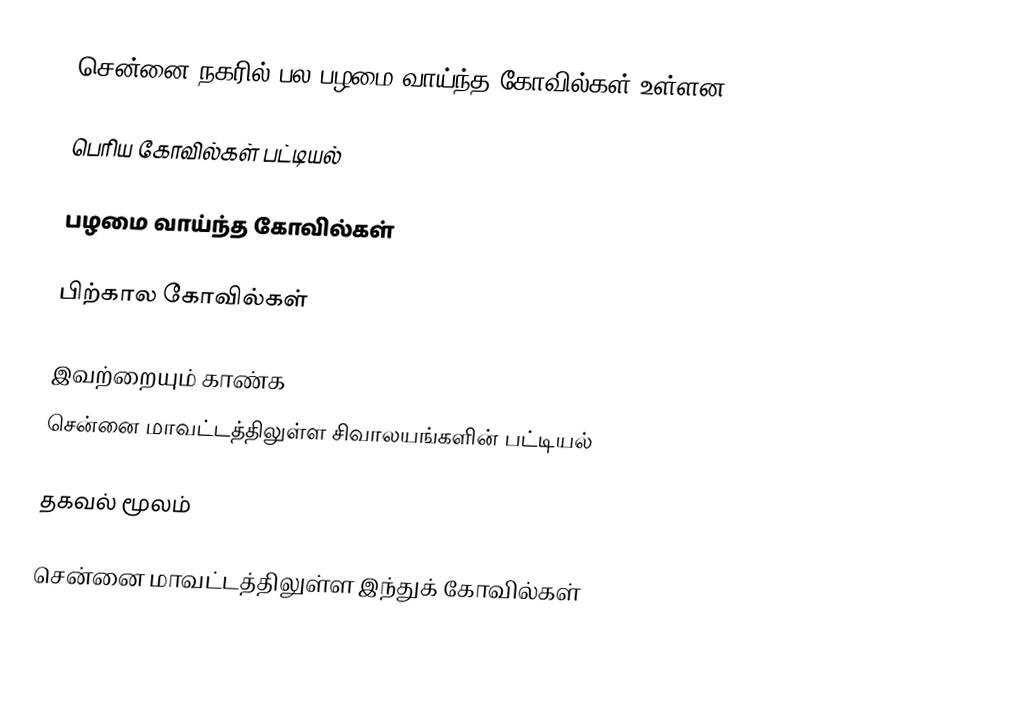
சென்னை நகரில் பல பழமை வாய்ந்த கோவில்கள் உள்ளன.

பெரிய கோவில்கள் பட்டியல்

பழமை வாய்ந்த கோவில்கள்

பிற்கால கோவில்கள்

இவற்றையும் காண்க
 சென்னை மாவட்டத்திலுள்ள சிவாலயங்களின் பட்டியல்

தகவல் மூலம்

சென்னை மாவட்டத்திலுள்ள இந்துக் கோவில்கள்